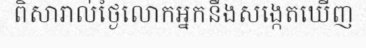
ពិសារាល់ថ្ងៃលោកអ្នកនឹងសង្កេតឃើញ